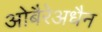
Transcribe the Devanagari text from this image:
ओबैरेअधैन